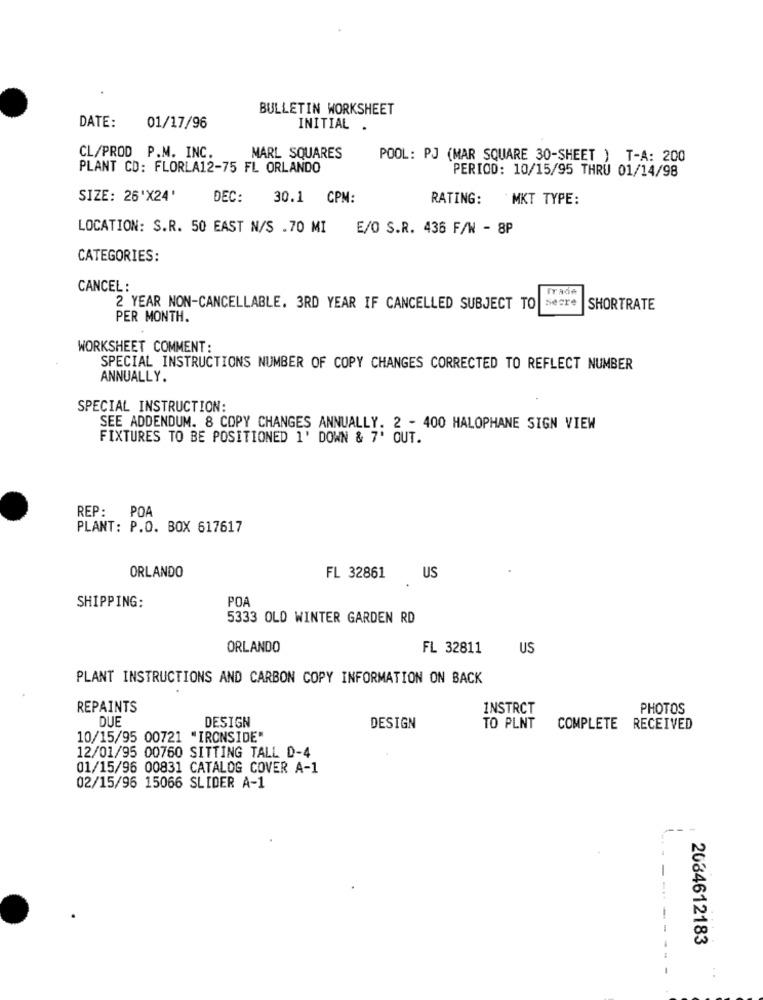
BULLETIN WORKSHEET
DATE:
01/17/96
INITIAL .
CL/PROD P.M. INC.
MARL SQUARES
POOL: PJ (MAR SQUARE 30-SHEET ) T-A: 200
PLANT CD: FLORLA12-75 FL ORLANDO
PERIOD: 10/15/95 THRU 01/14/98
SIZE: 26'X24'
DEC:
30.1 CPM:
RATING:
MKT TYPE:
LOCATION: S.R. 50 EAST N/S .70 MI E/O S.R. 436 F/W - 8P
CATEGORIES:
CANCEL :
Secre
2 YEAR NON-CANCELLABLE. 3RD YEAR IF CANCELLED SUBJECT TO
SHORTRATE
PER MONTH.
WORKSHEET COMMENT:
SPECIAL INSTRUCTIONS NUMBER OF COPY CHANGES CORRECTED TO REFLECT NUMBER
ANNUALLY.
SPECIAL INSTRUCTION:
SEE ADDENDUM. 8 COPY CHANGES ANNUALLY. 2 - 400 HALOPHANE SIGN VIEW
FIXTURES TO BE POSITIONED 1' DOWN & 7' OUT.
REP: POA
PLANT: P.O. BOX 617617
ORLANDO
FL 32861
US
SHIPPING:
POA
5333 OLD WINTER GARDEN RD
ORLANDO
FL 32811
US
PLANT INSTRUCTIONS AND CARBON COPY INFORMATION ON BACK
REPAINTS
INSTRCT
PHOTOS
DUE
DESIGN
DESIGN
TO PLNT
COMPLETE RECEIVED
10/15/95 00721 "IRONSIDE"
12/01/95 00760 SITTING TALL D-4
01/15/96 00831 CATALOG COVER A-1
02/15/96 15066 SLIDER A-1
2084612183